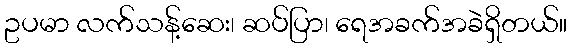
ဥပမာ လက်သန့်ဆေး၊ ဆပ်ပြာ၊ ရေအခက်အခဲရှိတယ်။